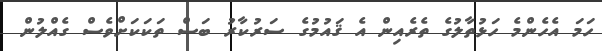
ހަމަ އެހެންމެ ހަޅުތާލުގެ ތެރެއިން އެ ޤައުމުގެ ސަރުކާރު ބަސް ތަކަކަށްވެސް ގެއްލުން